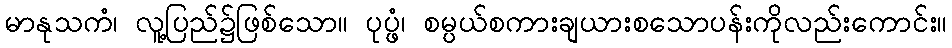
မာနုသကံ၊ လူ့ပြည်၌ဖြစ်သော။ ပုပ္ဖံ၊ စမ္ပယ်စကားချယားစသောပန်းကိုလည်းကောင်း။